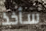
سأخذ